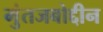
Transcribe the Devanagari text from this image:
मुंतजबोद्दीन